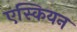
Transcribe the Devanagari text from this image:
एस्कियन